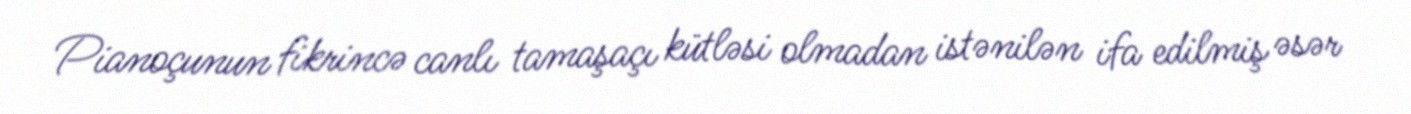
Pianoçunun fikrincə canlı tamaşaçı kütləsi olmadan istənilən ifa edilmiş əsər